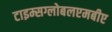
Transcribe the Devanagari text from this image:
टाइम्सग्लोबलएमबीए